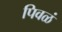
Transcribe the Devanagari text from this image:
पिवळं